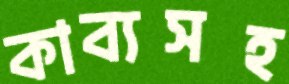
কাব্যসহ